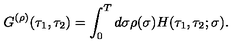
G ^ { ( \rho ) } ( \tau _ { 1 } , \tau _ { 2 } ) = \int _ { 0 } ^ { T } d \sigma \rho ( \sigma ) H ( \tau _ { 1 } , \tau _ { 2 } ; \sigma ) .